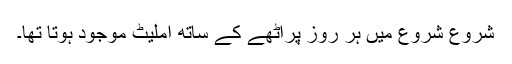
شروع شروع میں ہر روز پراٹھے کے ساتھ آملیٹ موجود ہوتا تھا۔